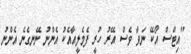
"އިޓްސް އޯކޭ ނަވާ ވެސް އޭރު ހުރީ ފެމެލީއާއެކު އެންނު ނޭނގެނެ އެންނު